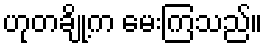
ဟုတချို့က မေးကြသည်။